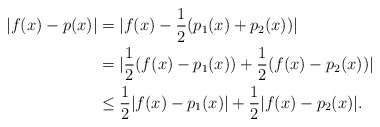
\begin{align*}|f(x)-p(x)|&=|f(x)-\frac{1}{2}(p_1(x)+p_2(x))|\\&=|\frac{1}{2}(f(x)-p_1(x))+\frac{1}{2}(f(x)-p_2(x))|\\&\leq\frac{1}{2}|f(x)-p_1(x)|+\frac{1}{2}|f(x)-p_2(x)|.\end{align*}